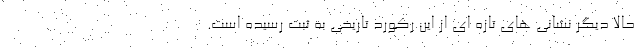
حالا دیگر نشانی های تازه ای از این رکورد تاریخی به ثبت رسیده است.